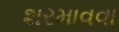
શરમાવવા